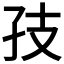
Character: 𪦶